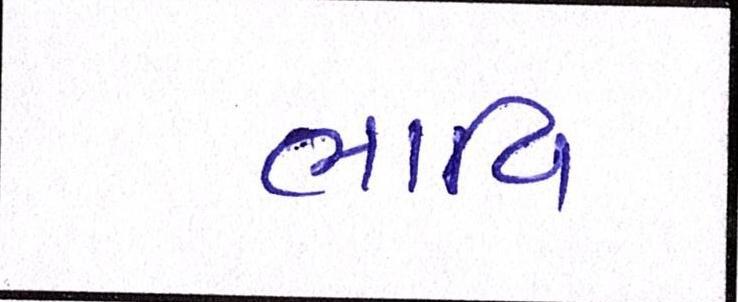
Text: ભાવિ